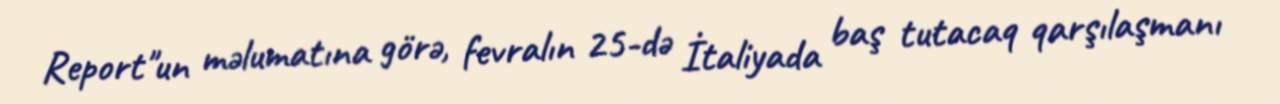
Report"un məlumatına görə, fevralın 25-də İtaliyada baş tutacaq qarşılaşmanı